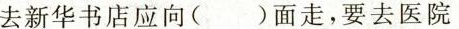
去新华书店应向()面走，要去医院